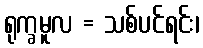
ရုက္ခမူလ = သစ်ပင်ရင်း၊